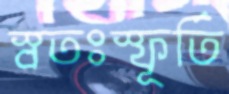
স্বতঃস্ফূর্তি